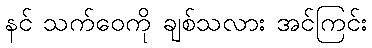
နင် သက်ဝေကို ချစ်သလား အင်ကြင်း